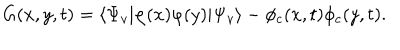
G ( x , y , t ) = \langle \Psi _ { v } | \varphi ( x ) \varphi ( y ) | \Psi _ { v } \rangle - \phi _ { c } ( x , t ) \phi _ { c } ( y , t ) .